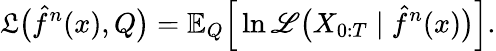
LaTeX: \mathfrak{L}\big(\hat{f}^{n}(x),Q\big)=\mathbb{E}_{Q}\Big[\ln\mathscr{L}\big(X_{0:T}\mid\hat{f}^{n}(x)\big)\Big].